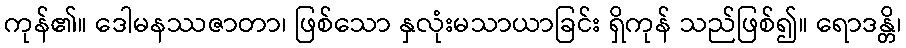
ကုန်၏။ ဒေါမနဿဇာတာ၊ ဖြစ်သော နှလုံးမသာယာခြင်း ရှိကုန် သည်ဖြစ်၍။ ရောဒန္တိ၊